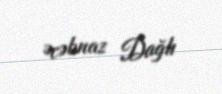
Əcəbnaz Dağlı